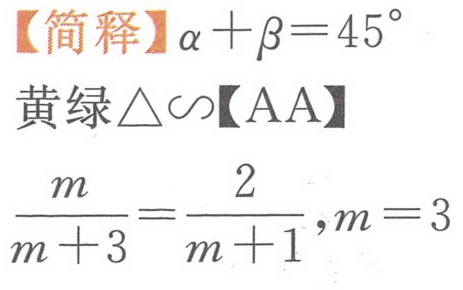
【简释】$\alpha+\beta = 45^{\circ}$
黄绿$\triangle\sim$【AA】
$\frac{m}{m + 3}=\frac{2}{m + 1},m = 3$